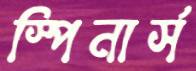
স্পিনার্স